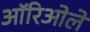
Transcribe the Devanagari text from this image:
ऑरिओले